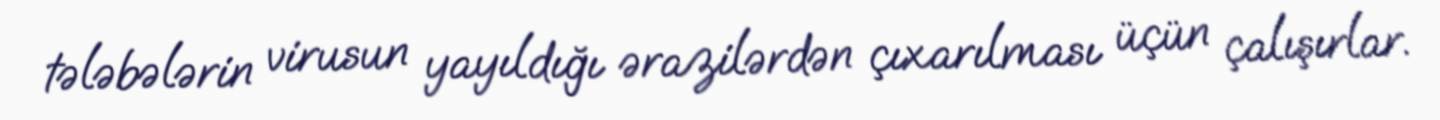
tələbələrin virusun yayıldığı ərazilərdən çıxarılması üçün çalışırlar.